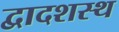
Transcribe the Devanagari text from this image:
द्वादशस्थ